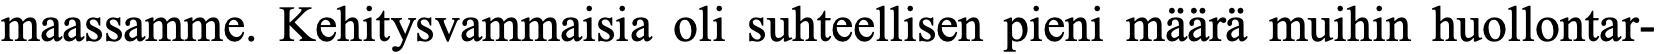
maassamme. Kehitysvammaisia oli suhteellisen pieni määrä muihin huollontar-